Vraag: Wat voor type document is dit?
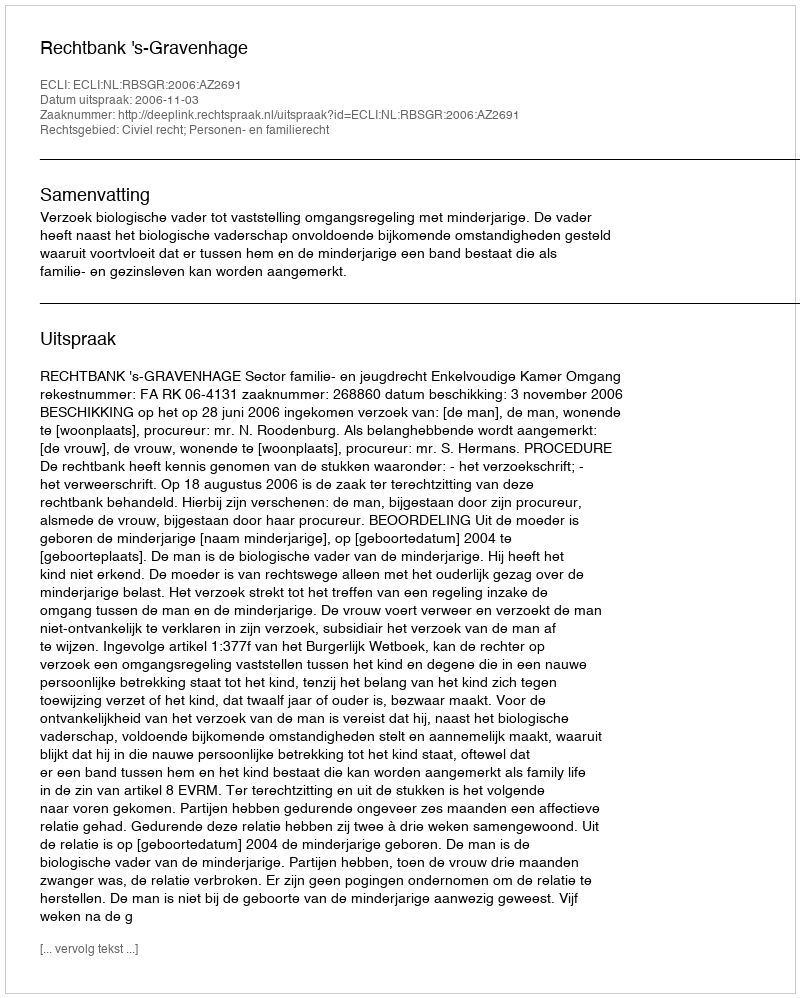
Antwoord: Uitspraak